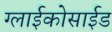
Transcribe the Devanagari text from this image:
ग्लाईकोसाईड